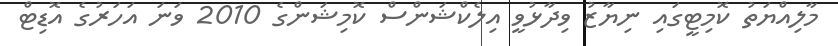
މާލިއްޔަތު ކޮމިޓީގައި ނިޔާޒު ވިދާޅުވީ އިލެކްޝަންސް ކޮމިޝަންގެ 2010 ވަނަ އަހަރުގެ އޮޑިޓް